NAE_ERA_R-2632_ENSV_TA_Emakeele_Selts_1945-1955, lk 190
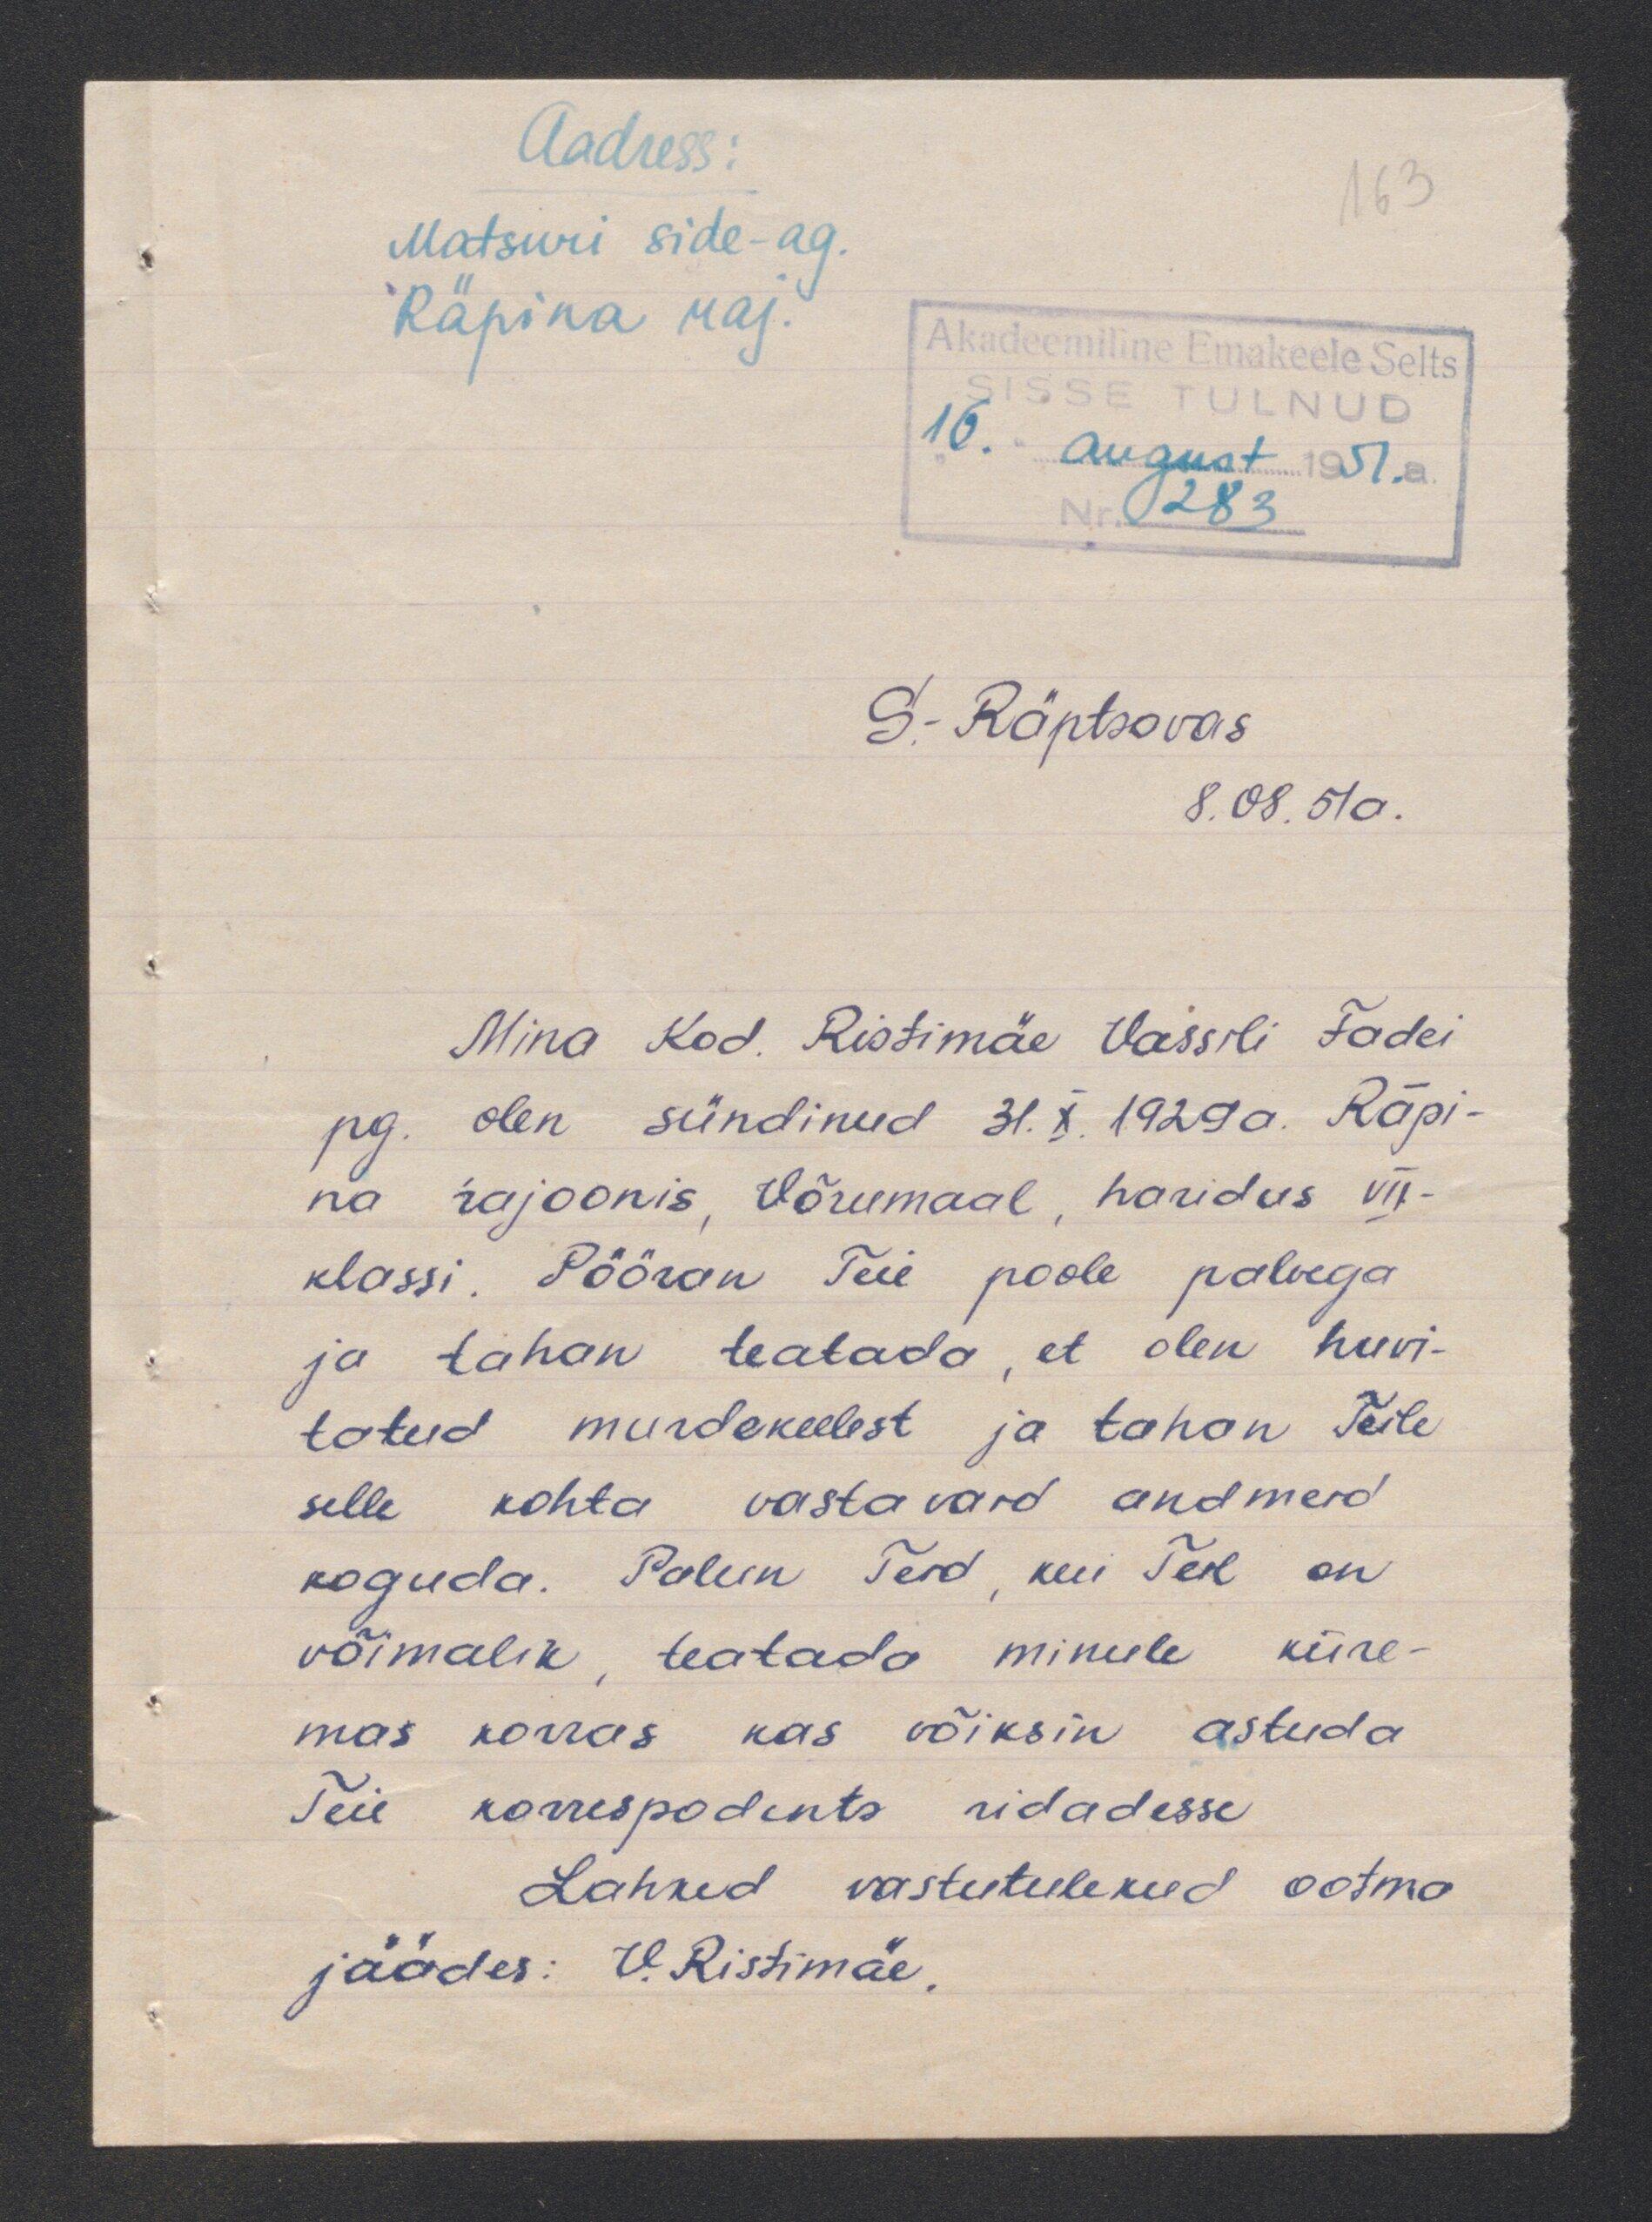
Aadress:
Matsuri side-ag.
Räpina raj.
S.-Räptsovas
8.08.51a.
Mina kod. Ristimäe Vassili Fadei
pg. olen sündinud 31.X.1929a. Räpi-
na rajoonis, Võrumaal, haridus VII-
klassi. Pööran Teie poole palvega
ja tahan teatade, et olen huvi-
tatud murdekeelest ja tahan Teile
selle kohta vastavaid andmeid
koguda. Palun Teid, kui Teil on
võimalik, teatada minule kiire-
mas korras kas võiksin astuda
Teie korrespodents ridadesse
Lahked vastutulekud ootma
jäädes: V. Ristimäe.